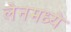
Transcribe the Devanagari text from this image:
लेनमध्ये